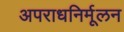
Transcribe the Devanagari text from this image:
अपराधनिर्मूलन